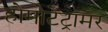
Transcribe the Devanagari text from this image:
होमोटेट्रामर